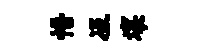
悟冱壤